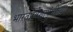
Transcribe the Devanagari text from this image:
भारतप्रवेशापूंर्वीच्या